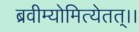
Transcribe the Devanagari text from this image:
ब्रवीम्योमित्येतत्।।